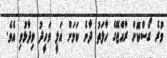
ވުރެ ގޯސްކޮށް ރާއްޖޭގެ ހާލަތު ދާނެ ކަމަށް އަލީ ވަހީދު ވިދާޅުވި އެވެ.